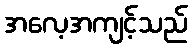
အလေ့အကျင့်သည်